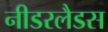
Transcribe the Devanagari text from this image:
नीडरलैडस